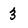
Character: 3